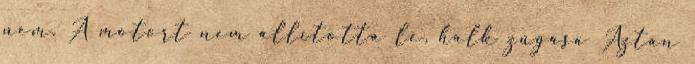
nem. A motort nem állította le, halk zúgása Aztán